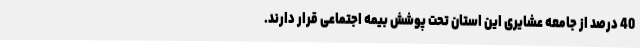
40 درصد از جامعه عشایری این استان تحت پوشش بیمه اجتماعی قرار دارند.